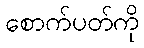
စောက်ပတ်ကို